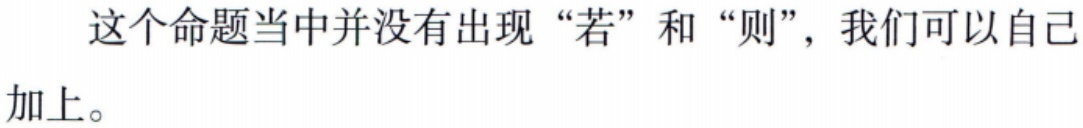
这个命题当中并没有出现“若”和“则”，我们可以自己加上。